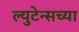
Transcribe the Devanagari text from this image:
ल्युटेन्सच्‍या